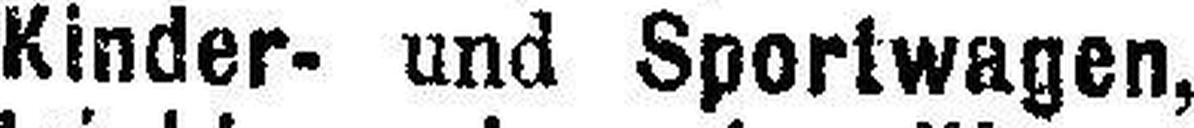
Kinder- und Sportwagen,